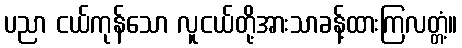
ပညာ ငယ်ကုန်သော လူငယ်တို့အားသာခန့်ထားကြလတ္တံ့။